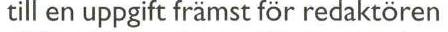
till en uppgift främst för redaktören